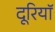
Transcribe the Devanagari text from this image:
दूरियॉ